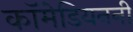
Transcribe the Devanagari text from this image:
कॉमेडियननी